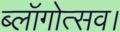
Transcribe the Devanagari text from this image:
ब्लॉगोत्सव।